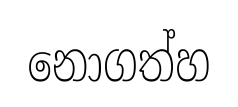
නොගත්හ